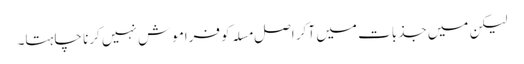
لیکن میں جذبات میں آ کر اصل مسلہ کو فراموش نہیں کرنا چاہتا۔